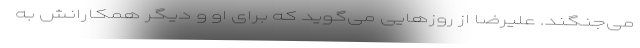
می‌جنگند. علیرضا از روزهایی می‌گوید که برای او و دیگر همکارانش به